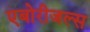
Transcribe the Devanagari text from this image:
एबोरीजल्स